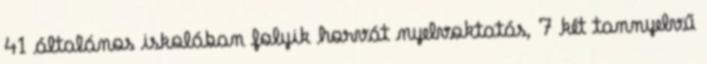
41 általános iskolában folyik horvát nyelvoktatás, 7 két tannyelvű